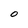
Character: 0